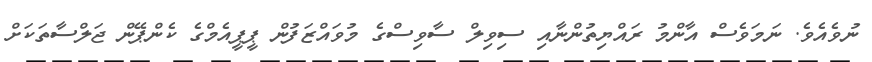
ނުވެއެވެ. ނަމަވެސް އާންމު ރައްޔިތުންނާއި ސިވިލް ސާވިސްގެ މުވައްޒަފުން ޕީޕީއެމްގެ ކެންޕޭން ޖަލްސާތަކަށް